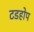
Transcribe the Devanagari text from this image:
टडहोप